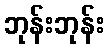
ဘုန်းဘုန်း